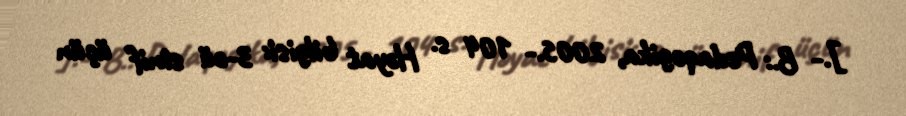
].- B.: Pedaqogika, 2005.- 104 s. Həyat bilgisi: 3-cü sinif üçün